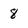
Character: 8